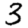
Digit: 3